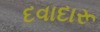
દવાદારૂ